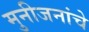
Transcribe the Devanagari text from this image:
मुनीजनांचे